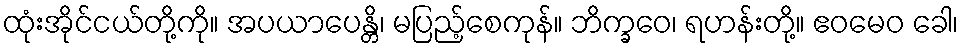
ထုံးအိုင်ငယ်တို့ကို။ အပယာပေန္တိ၊ မပြည့်စေကုန်။ ဘိက္ခဝေ၊ ရဟန်းတို့။ ဧဝမေဝ ခေါ၊